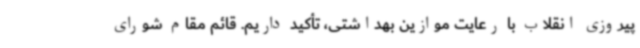
پیروزی انقلاب با رعایت موازین بهداشتی، تأکید داریم. قائم مقام شورای